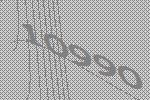
10990